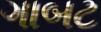
ગાબટ